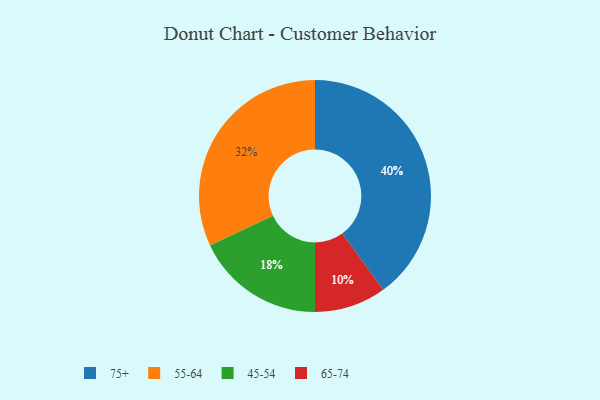
{"axis": {"x": "Category", "y": "Percentage"}, "legend": ["45-54", "55-64", "65-74", "75+"], "data": [{"x": "55-64", "y": 32, "type": "55-64"}, {"x": "45-54", "y": 18, "type": "45-54"}, {"x": "75+", "y": 40, "type": "75+"}, {"x": "65-74", "y": 10, "type": "65-74"}]}